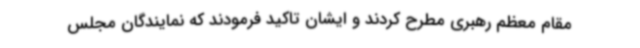
مقام معظم رهبری مطرح کردند و ایشان تاکید فرمودند که نمایندگان مجلس